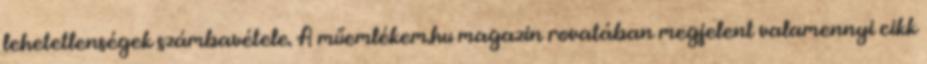
lehetetlenségek számbavétele. A műemlékem.hu magazin rovatában megjelent valamennyi cikk